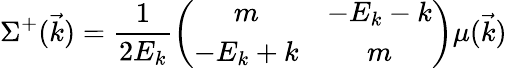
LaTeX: \Sigma^{+}(\vec{k})=\frac{1}{2E_{k}}\left(\begin{array}{cc}{{m}}&{{-E_{k}-k}}\\ {{-E_{k}+k}}&{{m}}\end{array}\right)\mu(\vec{k})